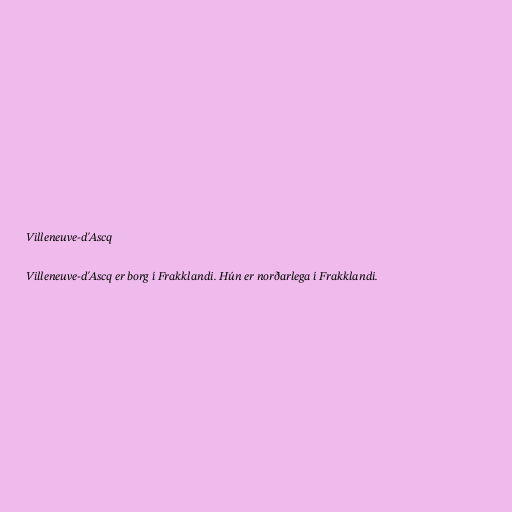
Villeneuve-d'Ascq

Villeneuve-d'Ascq er borg í Frakklandi. Hún er norðarlega í Frakklandi.